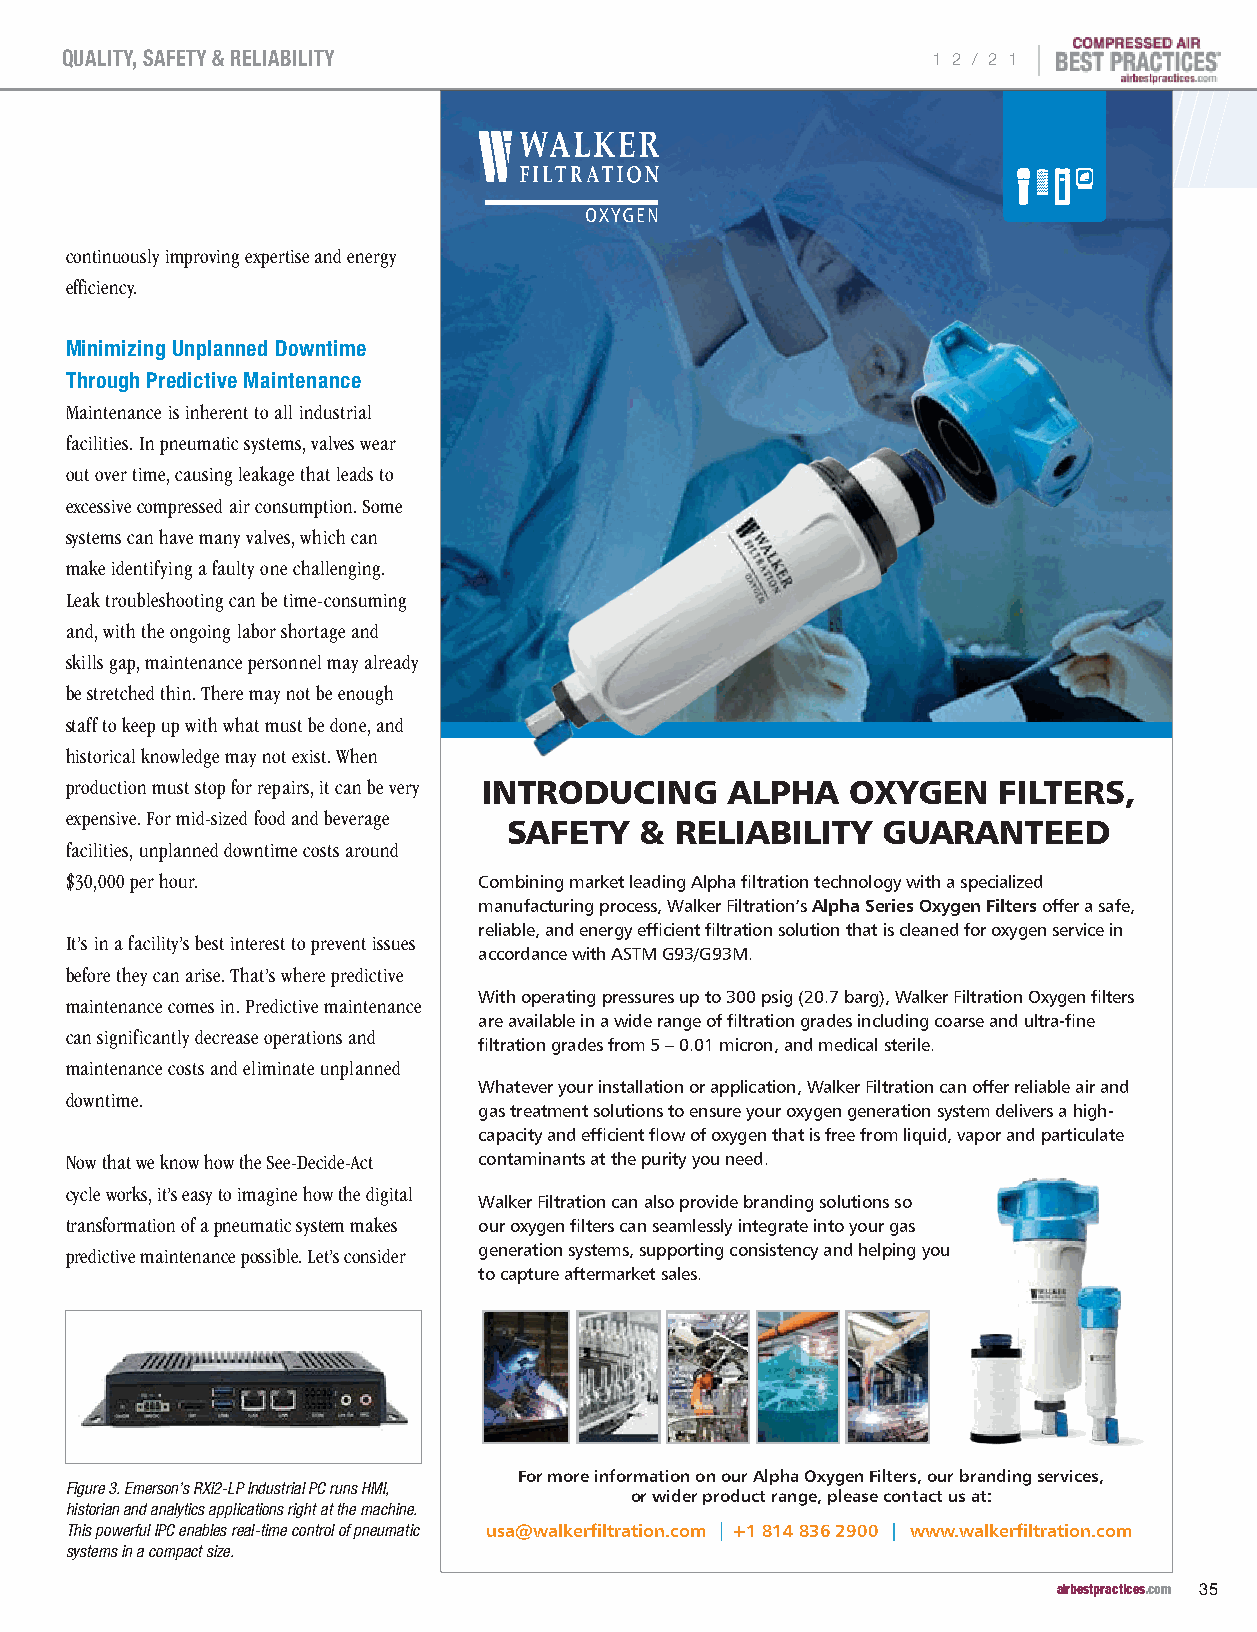
|
 QUALITY, SAFETY & RELIABILITY                             1 2 / 2 1
 continuously improving expertise and energy
 efficiency.
 Minimizing Unplanned Downtime
 Through Predictive Maintenance
 Maintenance is inherent to all industrial
 facilities. In pneumatic systems, valves wear
 out over time, causing leakage that leads to
 excessive compressed air consumption. Some
 systems can have many valves, which can
 make identifying a faulty one challenging.
 Leak troubleshooting can be time-consuming
 and, with the ongoing labor shortage and
 skills gap, maintenance personnel may already
 be stretched thin. There may not be enough
 staff to keep up with what must be done, and
 historical knowledge may not exist. When
 production must stop for repairs, it can be very INTRODUCING ALPHA OXYGEN FILTERS,
 expensive. For mid-sized food and beverage
 SAFETY  &  RELIABILITY  GUARANTEED
 facilities, unplanned downtime costs around
 $30,000 per hour.           Combining market leading Alpha filtration technology with a specialized
 manufacturing process, Walker Filtration’s Alpha Series Oxygen Filters offer a safe,
 reliable, and energy efficient filtration solution that is cleaned for oxygen service in
 It’s in a facility’s best interest to prevent issues
 accordance with ASTM G93/G93M.
 before they can arise. That’s where predictive
 With operating pressures up to 300 psig (20.7 barg), Walker Filtration Oxygen filters
 maintenance comes in. Predictive maintenance
 are available in a wide range of filtration grades including coarse and ultra-fine
 can significantly decrease operations and
 filtration grades from 5 – 0.01 micron, and medical sterile.
 maintenance costs and eliminate unplanned
 Whatever your installation or application, Walker Filtration can offer reliable air and
 downtime.
 gas treatment solutions to ensure your oxygen generation system delivers a high-
 capacity and efficient flow of oxygen that is free from liquid, vapor and particulate
 Now that we know how the See-Decide-Act contaminants at the purity you need.
 cycle works, it’s easy to imagine how the digital
 Walker Filtration can also provide branding solutions so
 transformation of a pneumatic system makes our oxygen filters can seamlessly integrate into your gas
 predictive maintenance possible. Let’s consider generation systems, supporting consistency and helping you
 to capture aftermarket sales.
 For more information on our Alpha Oxygen Filters, our branding services,
 Figure 3. Emerson’s RXi2-LP Industrial PC runs HMI,
 or wider product range, please contact us at:
 historian and analytics applications right at the machine.
 This powerful IPC enables real-time control of pneumatic usa@walkerfiltration.com +1 814 836 2900 www.walkerfiltration.com
 systems in a compact size.
 airbestpractices.com 35